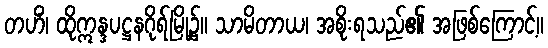
တဟိံ၊ ထိုဣန္ဒပဋ္ဌနဂိုရ်မြို့၌။ သာမိတာယ၊ အစိုးရသည်၏ အဖြစ်ကြောင့်။